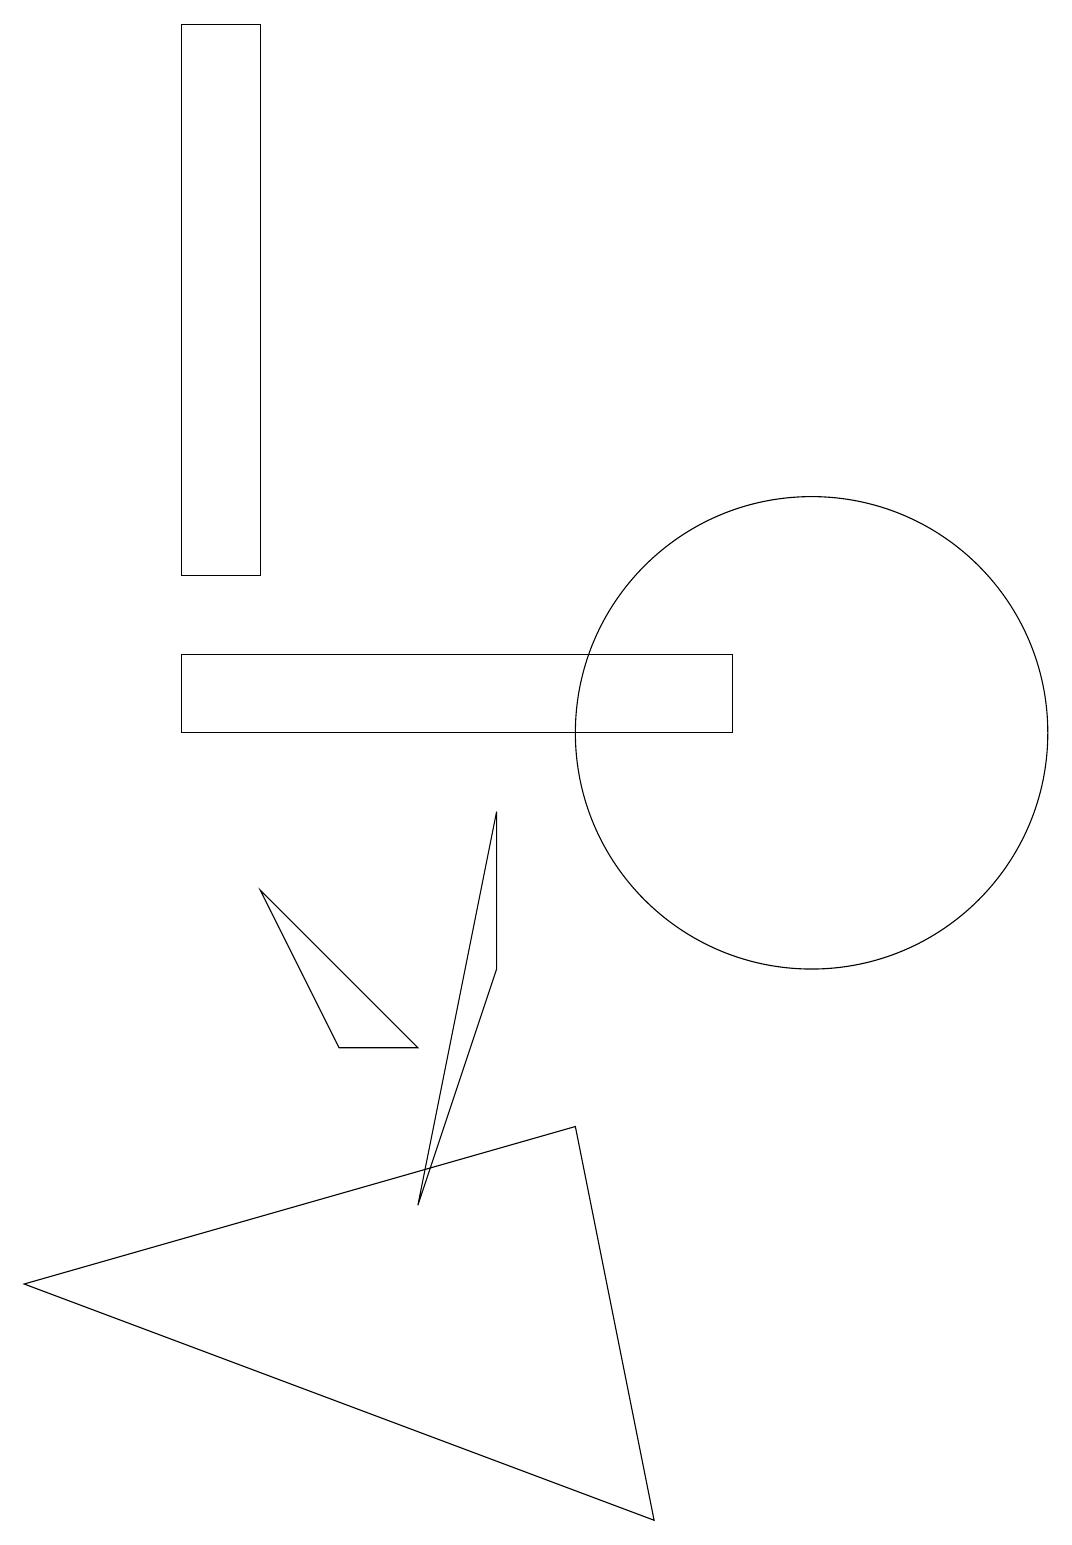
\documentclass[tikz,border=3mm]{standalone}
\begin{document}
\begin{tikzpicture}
\draw (9,10) rectangle (2,11);
\draw (2,19) rectangle (3,12);
\draw (3,8) -- (4,6) -- (5,6) -- cycle;
\draw (10,10) circle (3);
\draw (7,5) -- (8,0) -- (0,3) -- cycle;
\draw (5,4) -- (6,9) -- (6,7) -- cycle;
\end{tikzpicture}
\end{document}